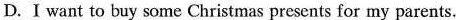
D.I want to buy some Christmas presents for my parents.